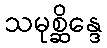
သမုစ္ဆိန္ဒေ